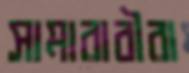
সামারাবীরা